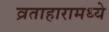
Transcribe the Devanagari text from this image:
व्रताहारामध्ये